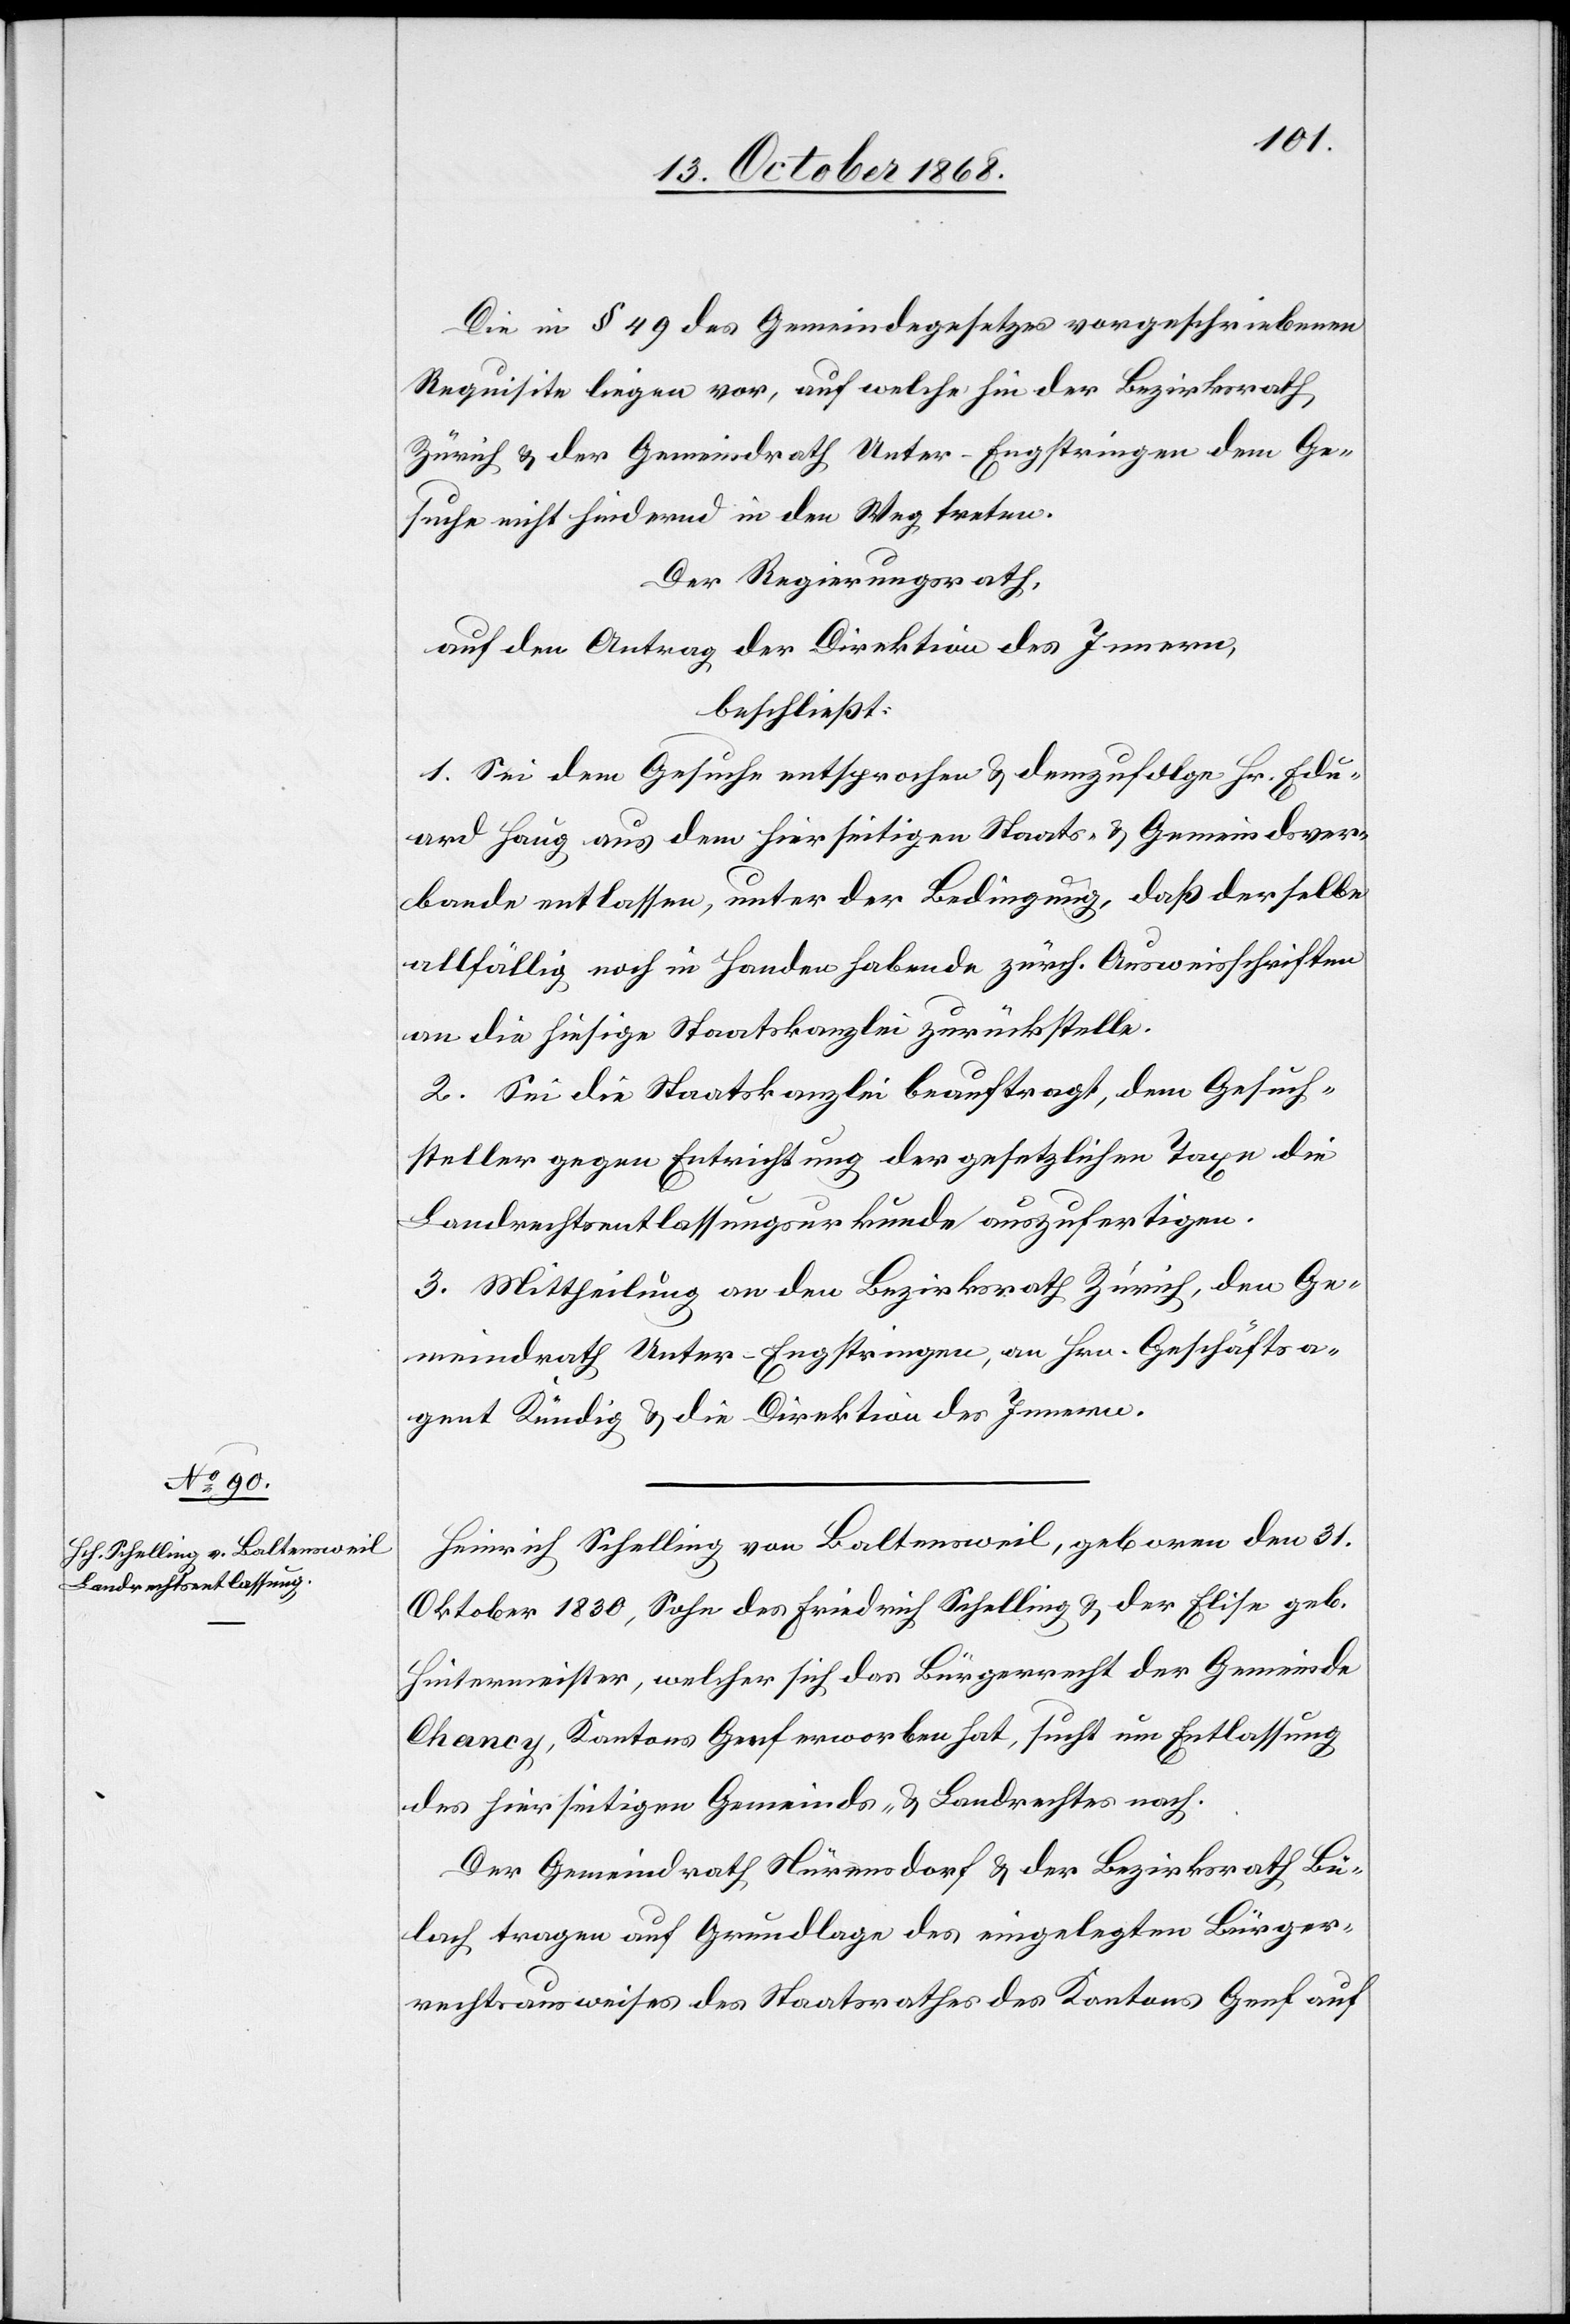
Die in § 49 des Gemeindegesetzes vorgeschriebenen
Requisite liegen vor, auf welche hin der Bezirksrath
Zürich & der Gemeindrath Unter-Engstringen dem Ge¬
suche nicht hindernd in den Weg treten.
Der Regierungsrath,
auf den Antrag der Direktion des Innern,
beschließt:
1. Sei dem Gesuche entsprochen & demzufolge Hr. Edu¬
ard Haug aus dem hierseitigen Staats- & Gemeindsver¬
bande entlassen, unter der Bedingung, daß derselbe
allfällig noch in Handen habende zürch. Ausweisschriften
an die hiesige Staatskanzlei zurückstelle.
2. Sei die Staatskanzlei beauftragt, dem Gesuch¬
steller gegen Entrichtung der gesetzlichen Taxe die
Landrechtsentlassungsurkunde auszufertigen.
3. Mittheilung an den Bezirksrath Zürich, den Ge¬
meindrath Unter-Engstringen, an Hrn. Geschäftsa¬
gent Kündig & die Direktion des Innern.
Heinrich Schelling von Baltensweil, geboren den 31.
Oktober 1830, Sohn des Friedrich Schelling & der Elise geb.
Hintermeister, welcher sich das Bürgerrecht der Gemeinde
Chancy, Kantons Genf erworben hat, sucht um Entlassung
des hierseitigen Gemeinds- & Landrechtes nach.
Der Gemeindrath Nürensdorf & der Bezirksrath Bü¬
lach tragen auf Grundlage des eingelegten Bürger¬
rechtsausweises des Staatsrathes des Kantons Genf auf